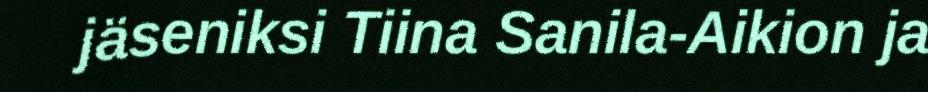
jäseniksi Tiina Sanila-Aikion ja